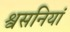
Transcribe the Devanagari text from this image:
श्वसनियां